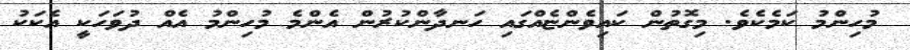
މުހިންމު ކަމެކެވެ. މިގޮތުން ކައިވެންޏެއްގައި ހަނދާންކުރުން އެންމެ މުހިންމު އެއް ދުވަހަކީ އެކަކު